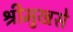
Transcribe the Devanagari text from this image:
श्रीमुखसे